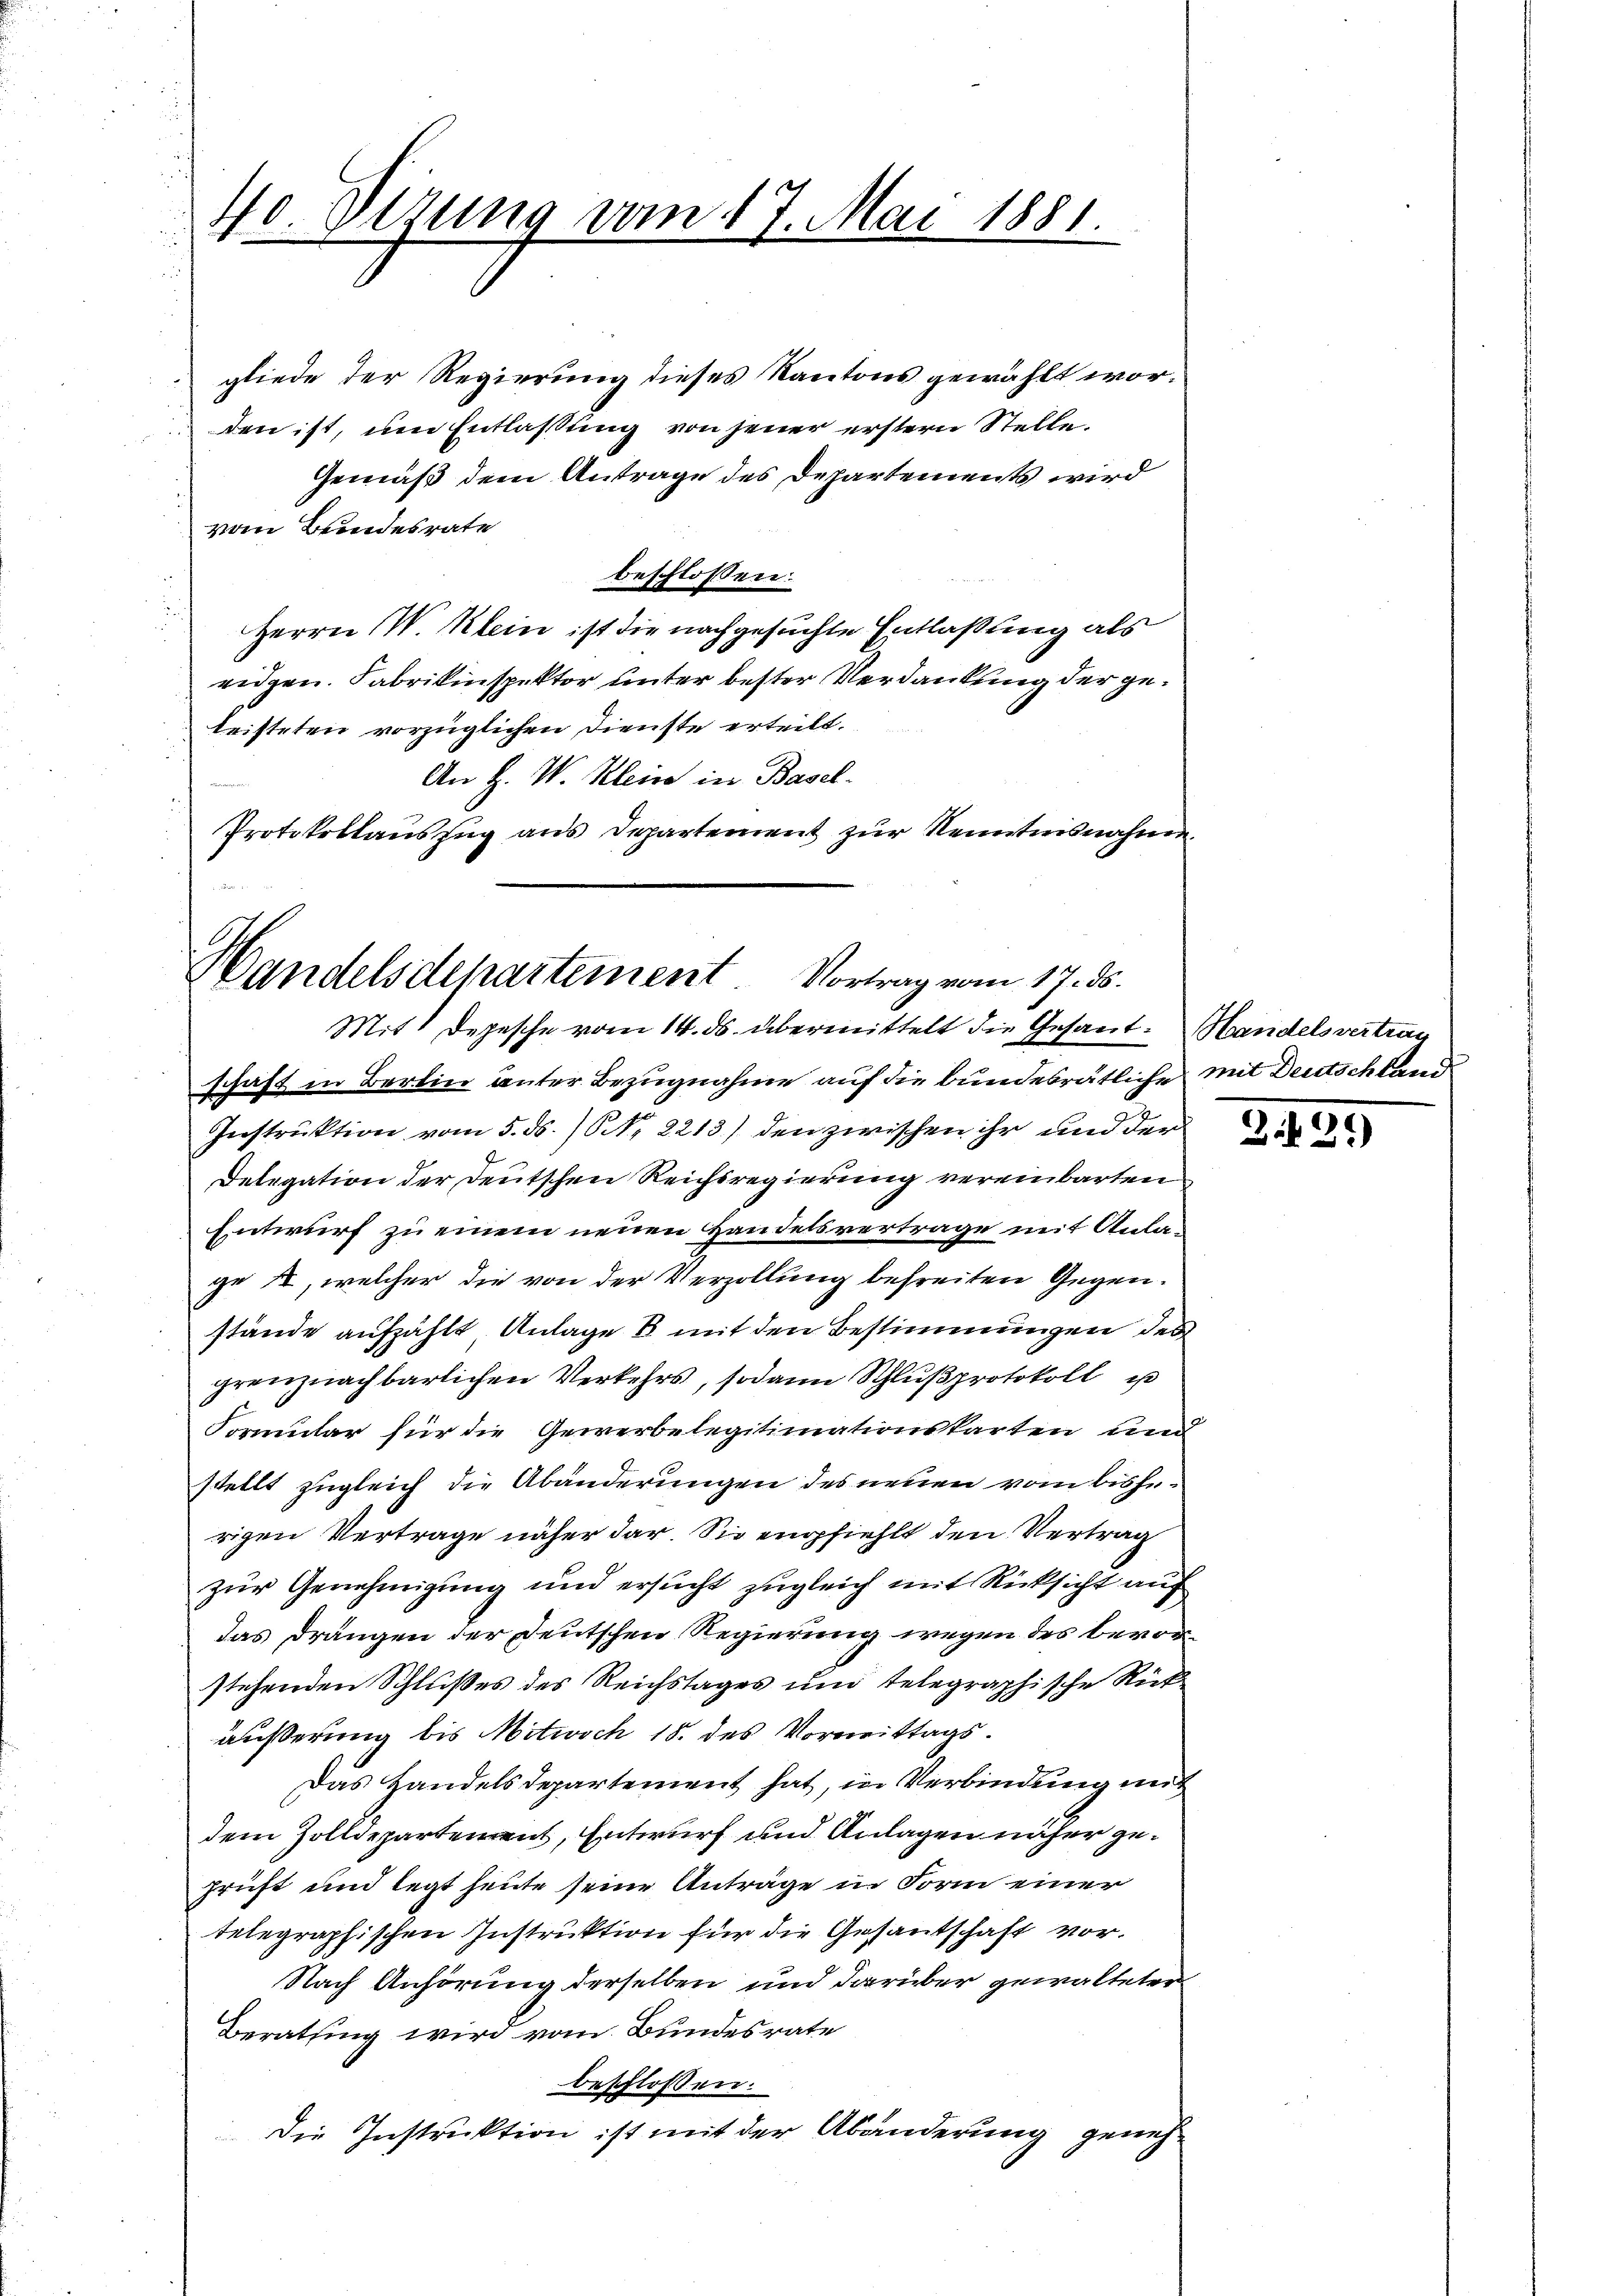
40. Dezung vom 17. Mai 1881.

gliede der Regierung dieses Kantons gewählt worden ist, um Entlaßung von jener erstern Stelle.
Gemäß dem Antrage des Departements wird
vom Bundesrate
beschlossen:
Herrn W. Klein ist die nachgesuchte Entlaßung als
eidgen. Fabrikinspektor unter bester Verdankung der geleisteten vorzüglichen Dienste erteilt.
An H. V. Klein in Basel-
Protokollauszug aus Departement zur Kenntnisnahme.

Handelsdepartement Vortrag vom 17. ds.

Mit. Depesche vom 14. ds. übermittelt die Gesant-Mandelsvertrag
schaft in Berlin unter Bezugnahme auf die bundesrätliche mit Deutschland
Instruktion vom 5. ds. )ONNo. 2213) den zwischen ihr und der
Delegation der Deutschen Reichsregierung vereinbarten
Entwurf zu einem neuen Handelsvertrage mit Anlage , welcher die von der Verzollung befreiten Gegenstände aufzählt, Anlage 8 mit den Bestimmungen des
grenznachbarlichen Verkehrs, sodann Schlußprotokoll ist
Formular für die Gewerbelegitimationskarten und
stellt zugleich die Abänderungen des neuen vom bisherigen Vertrage näher dar. Sie empfiehlt den Vertrag
zur Genehmigung und ersucht zugleich mit Rücksicht auf
das drängen der Deutschen Regierung wegen des bevorstehenden Schlußes des Reichstages und telegraphische Rüt
äußerung bis Mitwoch 18. des Vormittags¬
Das Handelsdepartement hat, in Verbindung mit
dem Zolldepartenant, Entwurf und Anlagen näher geprüft und legt heute seine Anträge in Form einer
telegraphischen Instruktion für die Gesantschaft vor¬
Nach Anhörung derselben und darüber gewalteter
Berathung wird vom Bundesrate
beschlossen:
Die Instruktion ist mit der Abänderung geneh¬

Z.21)